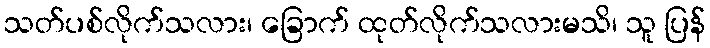
သတ်ပစ်လိုက်သလား၊ ခြောက် ထုတ်လိုက်သလားမသိ၊ သူ ပြန်